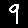
Digit: 9